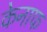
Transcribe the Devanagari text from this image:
केनाफ